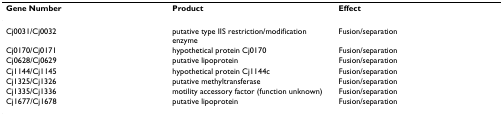
<table><thead><tr><td><b>Gene Number</b></td><td><b>Product</b></td><td><b>Effect</b></td></tr></thead><tbody><tr><td>Cj0031/Cj0032</td><td>putative type IIS restriction/modification enzyme</td><td>Fusion/separation</td></tr><tr><td>Cj0170/Cj0171</td><td>hypothetical protein Cj0170</td><td>Fusion/separation</td></tr><tr><td>Cj0628/Cj0629</td><td>putative lipoprotein</td><td>Fusion/separation</td></tr><tr><td>Cj1144/Cj1145</td><td>hypothetical protein Cj1144c</td><td>Fusion/separation</td></tr><tr><td>Cj1325/Cj1326</td><td>putative methyltransferase</td><td>Fusion/separation</td></tr><tr><td>Cj1335/Cj1336</td><td>motility accessory factor (function unknown)</td><td>Fusion/separation</td></tr><tr><td>Cj1677/Cj1678</td><td>putative lipoprotein</td><td>Fusion/separation</td></tr></tbody></table>